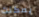
يمكنك